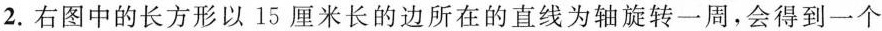
2.右图中的长方形以15厘米长的边所在的直线为轴旋转一周，会得到一个